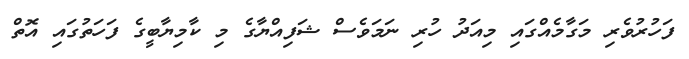
ފަހުރުވެރި މަގާމެއްގައި މިއަދު ހުރި ނަމަވެސް ޝަފިއްޔާގެ މި ކާމިޔާބީގެ ފަހަތުގައި އޮތް